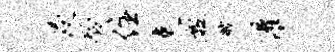
浸聆住吏盈艘灌